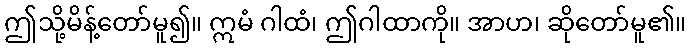
ဤသို့မိန့်တော်မူ၍။ ဣမံ ဂါထံ၊ ဤဂါထာကို။ အာဟ၊ ဆိုတော်မူ၏။